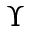
\Upsilon